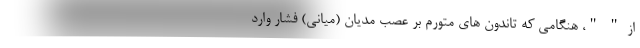
از " "، هنگامی که تاندون های متورم بر عصب مدیان (میانی) فشار وارد